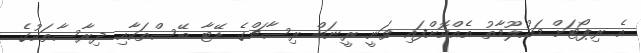
އެ ރިޕޯޓަށް މައުލޫމާތު އެއްކޮށްފައި ވަނީ ރީނަބް ރިސާޗްގެ ޑޭޓާ ބޭސްތަކާއި ދިރާސާތަކުގެ